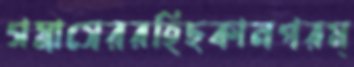
গস্নাসেররহিছকালপরম্